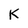
Character: K